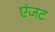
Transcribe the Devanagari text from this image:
एंजट